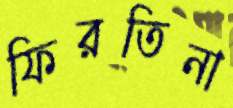
ফিরতিনা